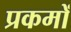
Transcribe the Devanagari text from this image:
प्रकमों